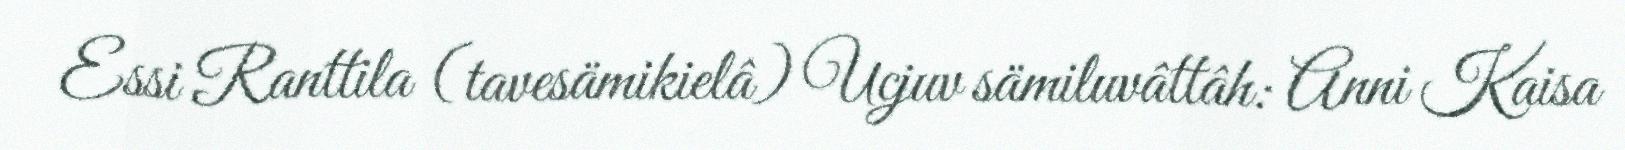
Essi Ranttila (tavesämikielâ) Ucjuv sämiluvâttâh: Anni Kaisa